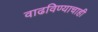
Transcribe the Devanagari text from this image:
वाढविण्याचाही